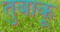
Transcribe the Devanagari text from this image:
तुबाकू